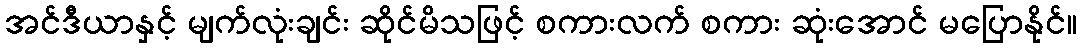
အင်ဒီယာနှင့် မျက်လုံးချင်း ဆိုင်မိသဖြင့် စကားလက် စကား ဆုံးအောင် မပြောနိုင်။